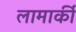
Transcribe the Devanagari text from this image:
लामार्की